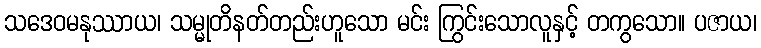
သဒေဝမနုဿာယ၊ သမ္မုတိနတ်တည်းဟူသော မင်း ကြွင်းသောလူနှင့် တကွသော။ ပဇာယ၊